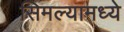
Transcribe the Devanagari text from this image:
सिमल्यामध्ये